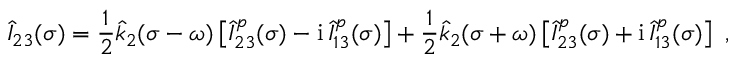
\hat { I } _ { 2 3 } ( \sigma ) = \frac 1 2 \hat { k } _ { 2 } ( \sigma - \omega ) \left[ \hat { I } _ { 2 3 } ^ { p } ( \sigma ) - \mathrm { i } \, \hat { I } _ { 1 3 } ^ { p } ( \sigma ) \right] + \frac 1 2 \hat { k } _ { 2 } ( \sigma + \omega ) \left[ \hat { I } _ { 2 3 } ^ { p } ( \sigma ) + \mathrm { i } \, \hat { I } _ { 1 3 } ^ { p } ( \sigma ) \right] \ ,